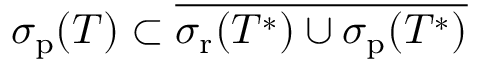
\sigma _ { \mathrm { p } } ( T ) \subset { \overline { { \sigma _ { \mathrm { r } } ( T ^ { * } ) \cup \sigma _ { \mathrm { p } } ( T ^ { * } ) } } }